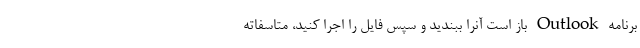
برنامه Outlook باز است آنرا ببندید و سپس فایل را اجرا کنید، متاسفاته